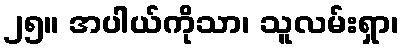
၂၅။ အပါယ်ကိုသာ၊ သူလမ်းရှာ၊